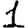
Digit: 1